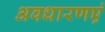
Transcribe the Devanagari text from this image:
अवधारणएं